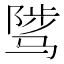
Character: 骘